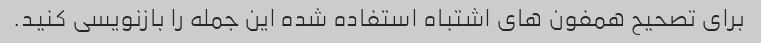
برای تصحیح همفون های اشتباه استفاده شده این جمله را بازنویسی کنید.